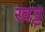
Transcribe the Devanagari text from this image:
खट्ट